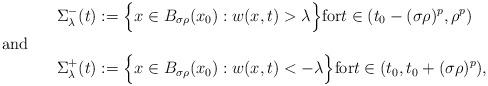
LaTeX: \begin{align*}\Sigma_\lambda^- (t)&:=\Big\{x \in B_{\sigma\rho}(x_0): w(x,t) >\lambda \Big\}\textrm{for}t\in(t_0-(\sigma \rho)^p,\rho^p)\shortintertext{and}\Sigma_\lambda^+ (t)&:=\Big\{x \in B_{\sigma\rho}(x_0): w(x,t) <-\lambda \Big\}\textrm{for}t\in(t_0,t_0+(\sigma \rho)^p),\end{align*}